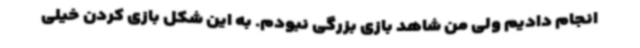
انجام دادیم ولی من شاهد بازی بزرگی نبودم. به این شکل بازی کردن خیلی